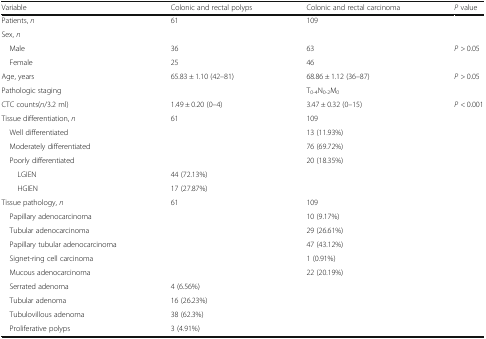
| Variable | Colonic and rectal polyps | Colonic and rectal carcinoma | P value |
 | --- | --- | --- | --- |
 | Patients, n | 61 | 109 |  |
 | <COLSPAN=4> Sex, n |
 | Male | 36 | 63 | <ROWSPAN=2> P > 0.05 |
 | Female | 25 | 46 |
 | Age, years | 65.83 ± 1.10 (42–81) | 68.86 ± 1.12 (36–87) | P > 0.05 |
 | Pathologic staging |  | T0-4N0-2M0 |  |
 | CTC counts(n/3.2 ml) | 1.49 ± 0.20 (0–4) | 3.47 ± 0.32 (0–15) | P < 0.001 |
 | Tissue differentiation, n | 61 | 109 |  |
 | Well differentiated |  | 13 (11.93%) |  |
 | Moderately differentiated |  | 76 (69.72%) |  |
 | Poorly differentiated |  | 20 (18.35%) |  |
 | LGIEN | 44 (72.13%) |  |  |
 | HGIEN | 17 (27.87%) |  |  |
 | Tissue pathology, n | 61 | 109 |  |
 | Papillary adenocarcinoma |  | 10 (9.17%) |  |
 | Tubular adenocarcinoma |  | 29 (26.61%) |  |
 | Papillary tubular adenocarcinoma |  | 47 (43.12%) |  |
 | Signet-ring cell carcinoma |  | 1 (0.91%) |  |
 | Mucous adenocarcinoma |  | 22 (20.19%) |  |
 | Serrated adenoma | 4 (6.56%) |  |  |
 | Tubular adenoma | 16 (26.23%) |  |  |
 | Tubulovillous adenoma | 38 (62.3%) |  |  |
 | Proliferative polyps | 3 (4.91%) |  |  |